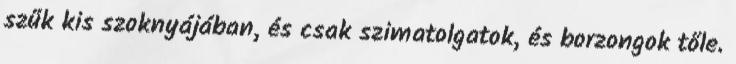
szűk kis szoknyájában, és csak szimatolgatok, és borzongok tőle.